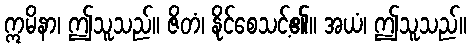
ဣမိနာ၊ ဤသူသည်။ ဇိတံ၊ နိုင်စေသင့်၏။ အယံ၊ ဤသူသည်။